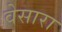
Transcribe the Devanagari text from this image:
वेसारा